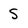
Character: 5